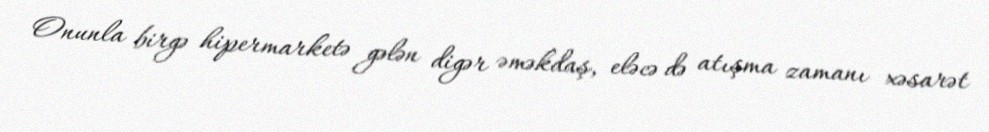
Onunla birgə hipermarketə gələn digər əməkdaş, eləcə də atışma zamanı xəsarət